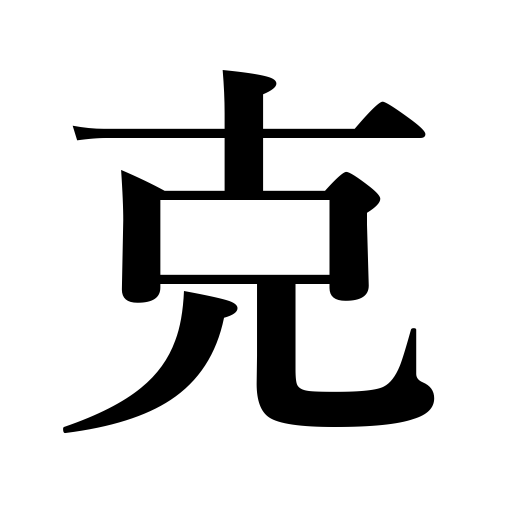
Meanings: surpass,predominate,win,prevail